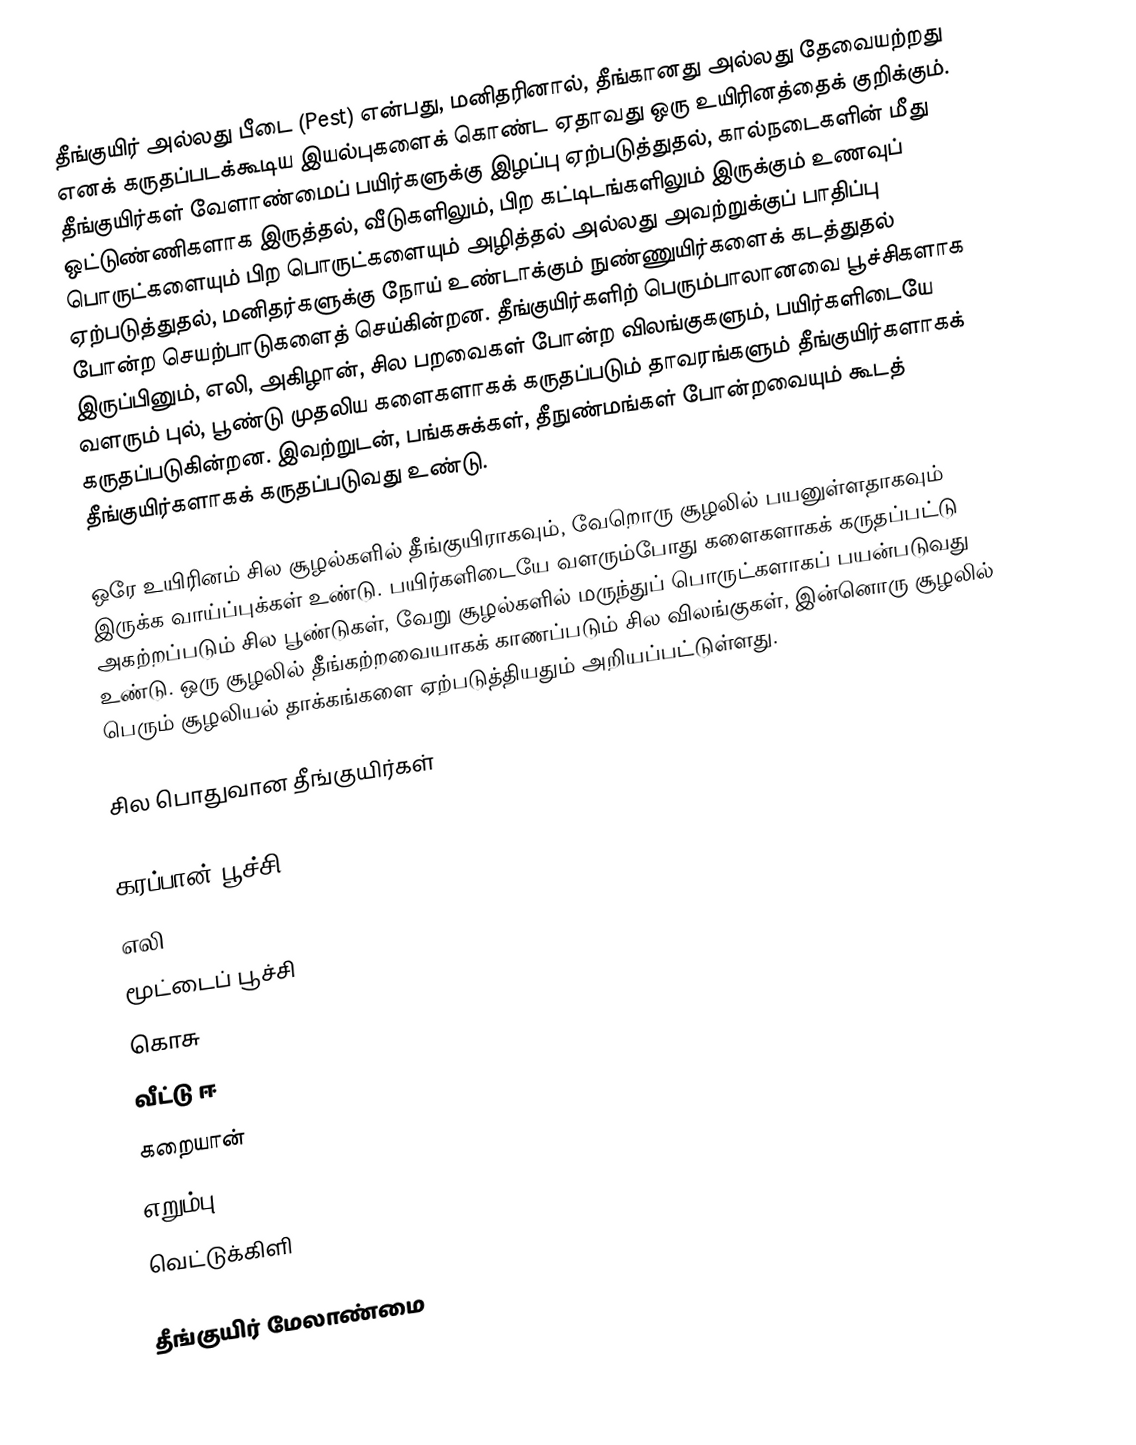
தீங்குயிர் அல்லது பீடை (Pest) என்பது, மனிதரினால், தீங்கானது அல்லது தேவையற்றது எனக் கருதப்படக்கூடிய இயல்புகளைக் கொண்ட ஏதாவது ஒரு உயிரினத்தைக் குறிக்கும். தீங்குயிர்கள் வேளாண்மைப் பயிர்களுக்கு இழப்பு ஏற்படுத்துதல், கால்நடைகளின் மீது ஒட்டுண்ணிகளாக இருத்தல், வீடுகளிலும், பிற கட்டிடங்களிலும் இருக்கும் உணவுப் பொருட்களையும் பிற பொருட்களையும் அழித்தல் அல்லது அவற்றுக்குப் பாதிப்பு ஏற்படுத்துதல், மனிதர்களுக்கு நோய் உண்டாக்கும் நுண்ணுயிர்களைக் கடத்துதல் போன்ற செயற்பாடுகளைத் செய்கின்றன. தீங்குயிர்களிற் பெரும்பாலானவை பூச்சிகளாக இருப்பினும், எலி, அகிழான், சில பறவைகள் போன்ற விலங்குகளும், பயிர்களிடையே வளரும் புல், பூண்டு முதலிய களைகளாகக் கருதப்படும் தாவரங்களும் தீங்குயிர்களாகக் கருதப்படுகின்றன. இவற்றுடன், பங்கசுக்கள், தீநுண்மங்கள் போன்றவையும் கூடத் தீங்குயிர்களாகக் கருதப்படுவது உண்டு.

ஒரே உயிரினம் சில சூழல்களில் தீங்குயிராகவும், வேறொரு சூழலில் பயனுள்ளதாகவும் இருக்க வாய்ப்புக்கள் உண்டு. பயிர்களிடையே வளரும்போது களைகளாகக் கருதப்பட்டு அகற்றப்படும் சில பூண்டுகள், வேறு சூழல்களில் மருந்துப் பொருட்களாகப் பயன்படுவது உண்டு. ஒரு சூழலில் தீங்கற்றவையாகக் காணப்படும் சில விலங்குகள், இன்னொரு சூழலில் பெரும் சூழலியல் தாக்கங்களை ஏற்படுத்தியதும் அறியப்பட்டுள்ளது.

சில பொதுவான தீங்குயிர்கள்

 கரப்பான் பூச்சி
 எலி
 மூட்டைப் பூச்சி
 கொசு
 வீட்டு ஈ
 கறையான்
 எறும்பு
 வெட்டுக்கிளி

தீங்குயிர் மேலாண்மை